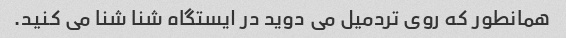
همانطور که روی تردمیل می دوید در ایستگاه شنا شنا می کنید.